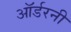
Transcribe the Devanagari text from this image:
ऑर्डरनी